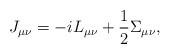
LaTeX: \begin{align*} J_{\mu\nu}&=-iL_{\mu\nu}+\frac{1}{2}\Sigma_{\mu\nu},\end{align*}